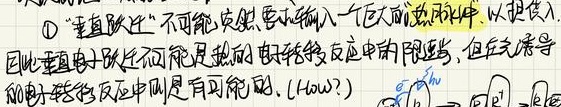
\textcircled{1} “垂直跃迁”不可能突然需要输入一个巨大的热脉冲, 以进入。
因此垂直电子跃迁不可能是热的电子转移反应中的限速步, 但在光诱导
的电子转移反应中则是有可能的. (How?)